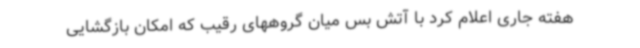
هفته جاری اعلام کرد با آتش بس میان گروههای رقیب که امکان بازگشایی